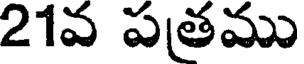
21వ పతము